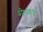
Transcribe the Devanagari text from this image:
प्रेक्षकांचं